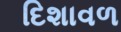
દિશાવળ